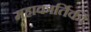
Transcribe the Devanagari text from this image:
महाकार्तिकी